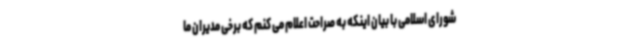
شورای اسلامی با بیان اینکه به صراحت اعلام می کنم که برخی مدیران ما